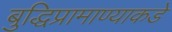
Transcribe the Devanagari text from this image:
बुद्धिप्रामाण्याकडे